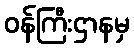
ဝန်ကြီးဌာနမှ